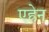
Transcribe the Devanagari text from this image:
एह्रेन